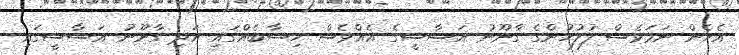
އެހެން ނަމަވެސް ފުލުހުންގެ ގާނޫނު އަސާސީގެ އެއްވެސް ހިސާބެއްގައި އަދި ގާނޫނު އަސާސީގައި